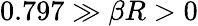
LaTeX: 0.797\gg\beta R>0